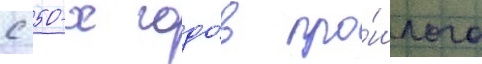
с 50-х годо́в про́шлого